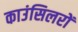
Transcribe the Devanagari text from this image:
काउंसिलरों